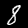
Digit: 8